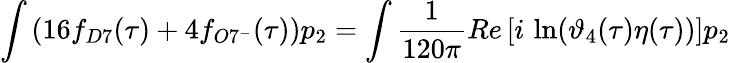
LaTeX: \int\left(16f_{D7}(\tau)+4f_{O7^{-}}(\tau)\right)p_{2}=\int\frac{1}{120\pi}Re\left[i\, \ln(\vartheta_{4}(\tau)\eta(\tau))\right]p_{2}